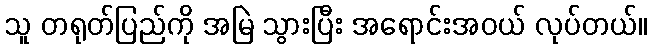
သူ တရုတ်ပြည်ကို အမြဲ သွားပြီး အရောင်းအဝယ် လုပ်တယ်။